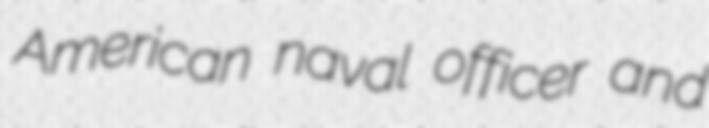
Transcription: American naval officer and